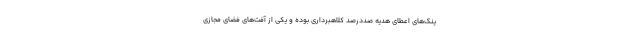
ینک‌های اعطای هدیه صددرصد کلاهبرداری بوده و یکی از آفت‌های فضای مجازی